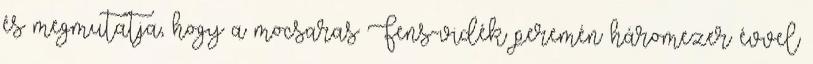
és megmutatja, hogy a mocsaras Fens-vidék peremén háromezer évvel